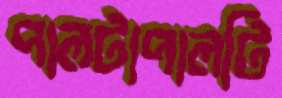
পালটাপালটি